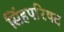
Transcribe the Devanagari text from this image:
सिंहपरिषद